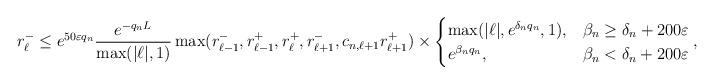
LaTeX: \begin{align*}r_{\ell}^-\leq e^{50\varepsilon q_n} \frac{e^{-q_n L}}{\max(|\ell|, 1)} \max(r_{\ell-1}^-,r_{\ell-1}^+,r_{\ell}^+,r_{\ell+1}^-,c_{n,\ell+1}r_{\ell+1}^+) \times\begin{cases} \max(|\ell|, e^{\delta_n q_n}, 1), & \beta_n\geq \delta_n+200\varepsilon\\e^{\beta_n q_n}, & \beta_n< \delta_n+200\varepsilon\end{cases},\end{align*}